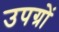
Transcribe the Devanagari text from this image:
उपग्रों